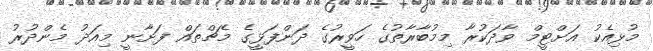
މުޅިއެކު އަށްޓީމް ވާދަކުރާ މިމުބާރާތުގެ ހަވީރުގެ ދަންފަޅީގެ މެޗްތައް ފަށާނީ މިއަދު މެންދުރު